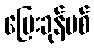
ပြေးခုန်ပစ်